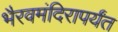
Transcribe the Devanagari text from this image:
भैरवमंदिरापर्यंत